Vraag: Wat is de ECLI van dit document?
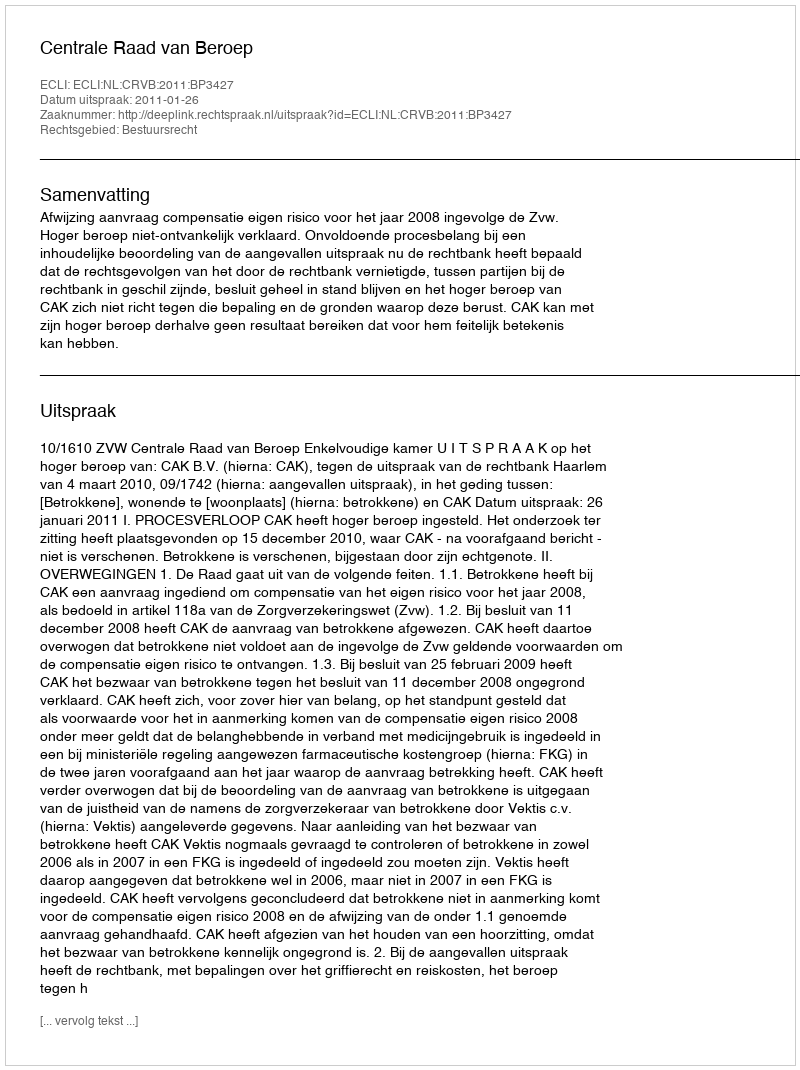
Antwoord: ECLI:NL:CRVB:2011:BP3427